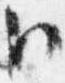
臣